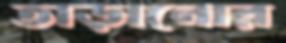
তাড়ানোর